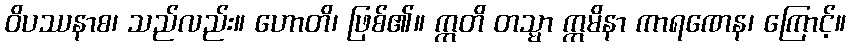
ဝိပဿနာစ၊ သည်လည်း။ ဟောတိ၊ ဖြစ်၏။ ဣတိ တသ္မာ ဣမိနာ ကာရဏေန၊ ကြောင့်။